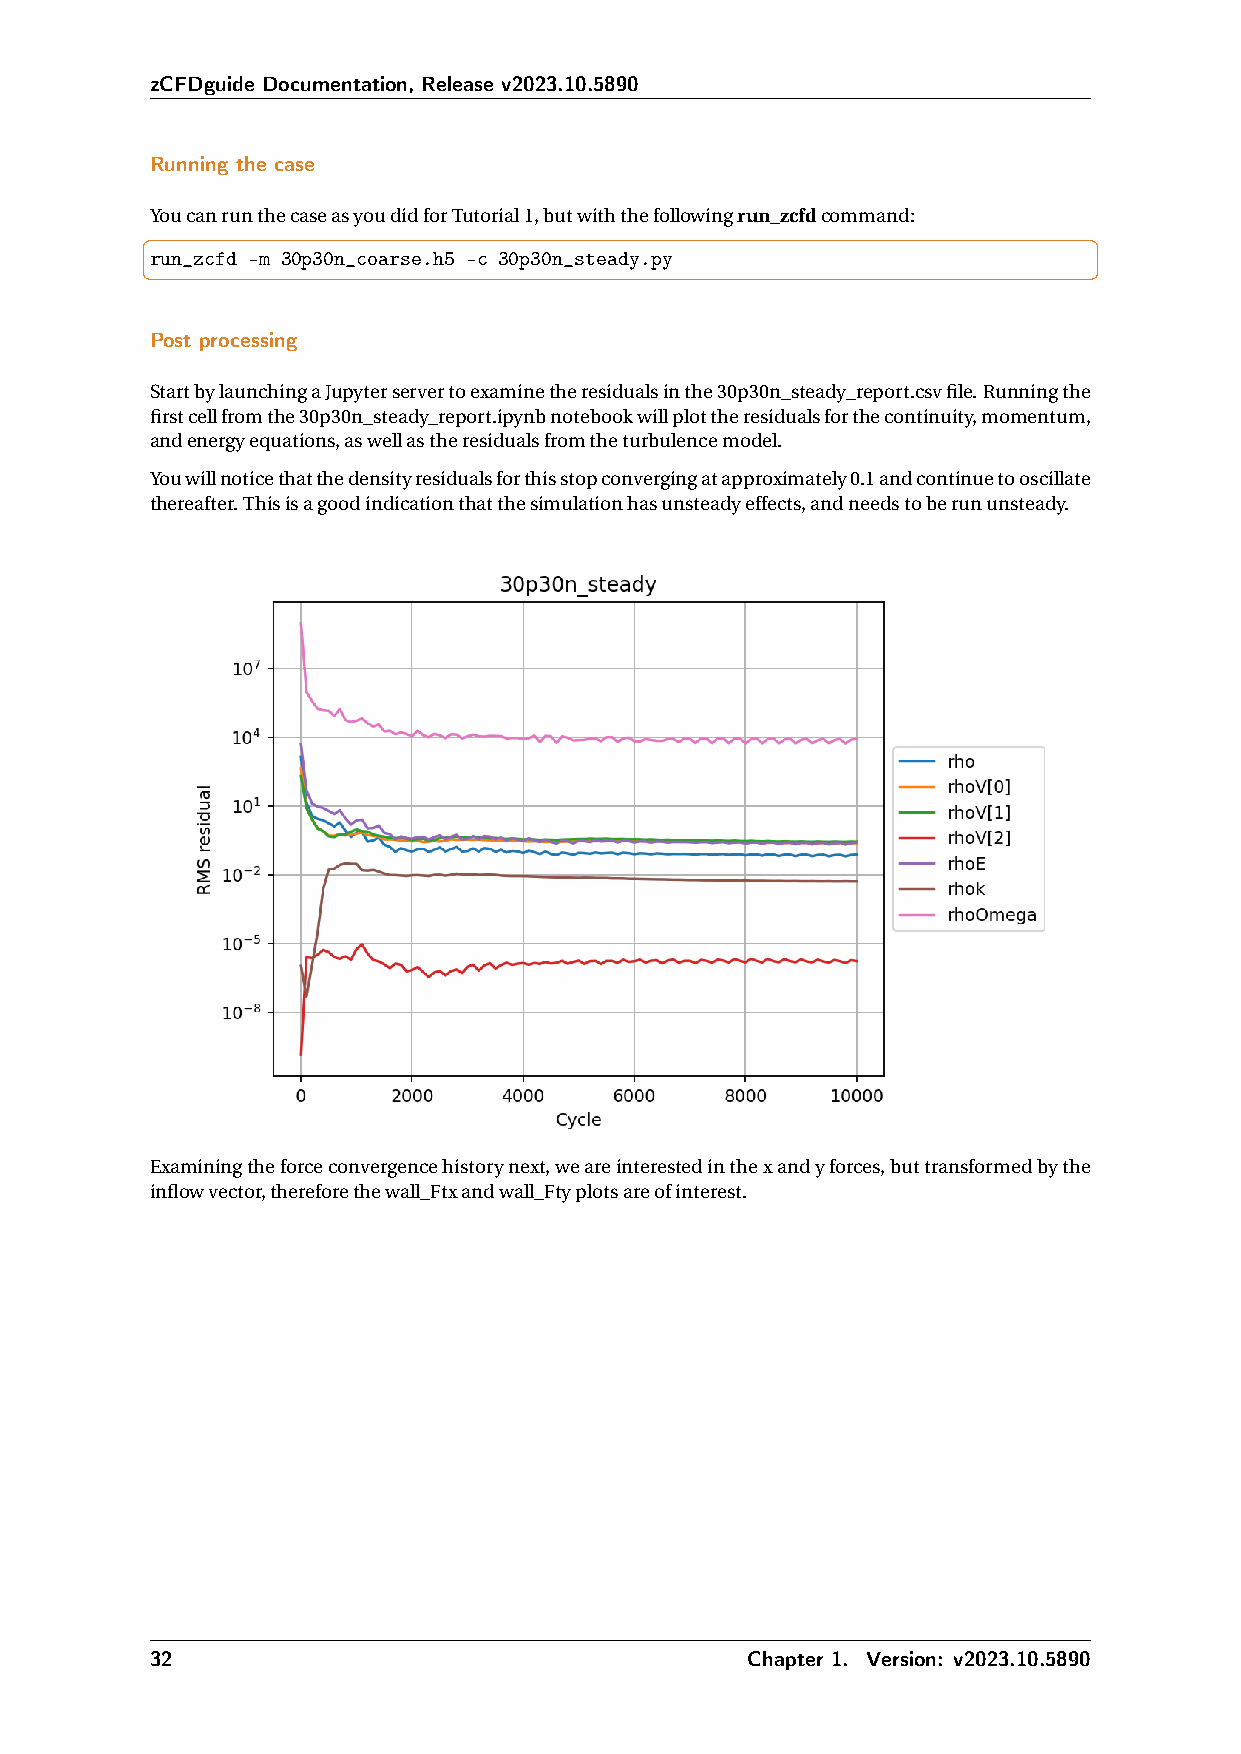
zCFDguide Documentation, Release v2023.10.5890
 Running the case
 YoucanrunthecaseasyoudidforTutorial1,butwiththefollowingrun_zcfdcommand:
 run_zcfd -m 30p30n_coarse.h5 -c 30p30n_steady.py
 Post processing
 StartbylaunchingaJupyterservertoexaminetheresidualsinthe30p30n_steady_report.csvfile.Runningthe
 firstcellfromthe30p30n_steady_report.ipynbnotebookwillplottheresidualsforthecontinuity,momentum,
 andenergyequations,aswellastheresidualsfromtheturbulencemodel.
 Youwillnoticethatthedensityresidualsforthisstopconvergingatapproximately0.1andcontinuetooscillate
 thereafter.Thisisagoodindicationthatthesimulationhasunsteadyeffects,andneedstoberununsteady.
 Examiningtheforceconvergencehistorynext,weareinterestedinthexandyforces,buttransformedbythe
 inflowvector,thereforethewall_Ftxandwall_Ftyplotsareofinterest.
 32                                      Chapter 1. Version: v2023.10.5890